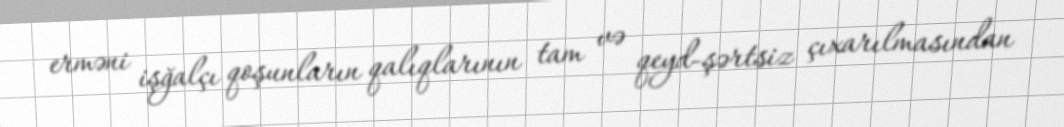
erməni işğalçı qoşunların qalıqlarının tam və qeyd-şərtsiz çıxarılmasından